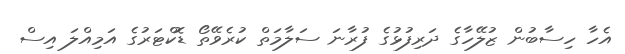
އެހާ ހިސާބުން ޒުލޭހާގެ ދަރިފުޅުގެ ފުރާނަ ސަލާމަތް ކުރެވޭތޯ ޑޮކްޓަރުގެ އަމިއްލަ އިސް